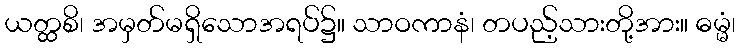
ယတ္ထစိ၊ အမှတ်မရှိသောအရပ်၌။ သာဝကာနံ၊ တပည့်သားတို့အား။ ဓမ္မံ၊